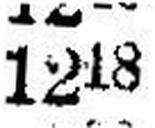
1248